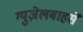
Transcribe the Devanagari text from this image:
ग्युज़ेलबाहसे